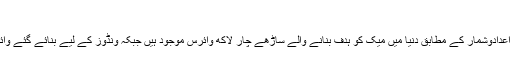
'
میکیفی کی جانب سے جمع کیے گئے اعدادوشمار کے مطابق دنیا میں میک کو ہدف بنانے والے ساڑھے چار لاکھ وائرس موجود ہیں جبکہ ونڈوز کے لیے بنائے گئے وائرسز کی تعداد دو کروڑ تیس لاکھ ہے۔